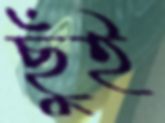
ছুঁই